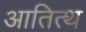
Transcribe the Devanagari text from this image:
आतित्थ